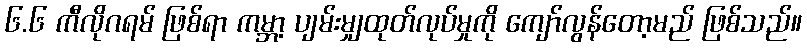
၆.၆ ကီလိုဂရမ် ဖြစ်ရာ ကမ္ဘာ့ ပျမ်းမျှထုတ်လုပ်မှုကို ကျော်လွန်တော့မည် ဖြစ်သည်။